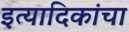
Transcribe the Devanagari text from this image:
इत्यादिकांचा